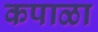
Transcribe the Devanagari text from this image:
कपाळा